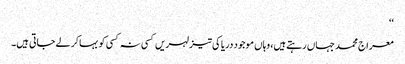
‘‘
معراج محمد جہاں رہتے ہیں، وہاں موجود دریا کی تیز لہریں کسی نہ کسی کو بہاکر لے جاتی ہیں۔